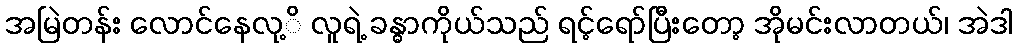
အမြဲတန်း လောင်နေလု့ိ လူရဲ့ ခန္ဓာကိုယ်သည် ရင့်ရော်ပြီးတော့ အိုမင်းလာတယ်၊ အဲဒါ